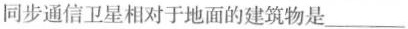
同步通信卫星相对于地面的建筑物是___